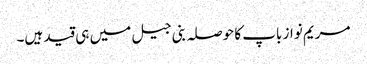
مریم نواز باپ کا حوصلہ بنی جیل میں ہی قید ہیں۔